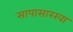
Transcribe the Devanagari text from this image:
सापासारखा